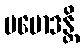
ပမောဒန္တိ